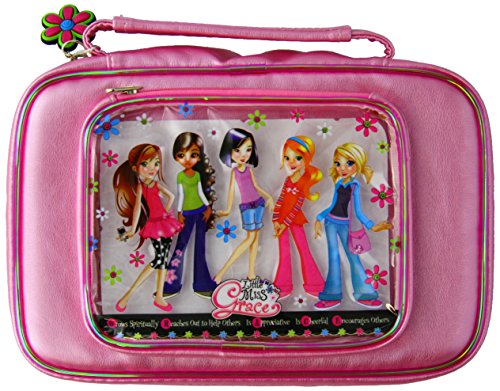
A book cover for Be Beautiful in Your Heart Fabric Small Pink Bible Cover (Little Miss Grace); Christian Books & Bibles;